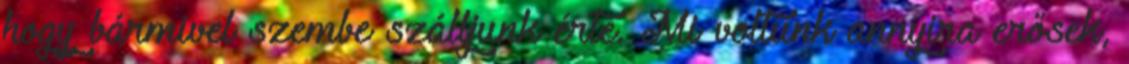
hogy bármivel szembe szálljunk érte. Mi voltunk annyira erősek,